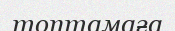
топтамаға